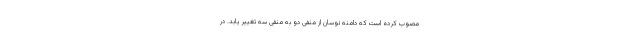
مصوب کرده است که دامنه نوسان از منفی دو به منفی سه تغییر یابد. در